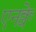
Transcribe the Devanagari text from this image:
एनक्वे